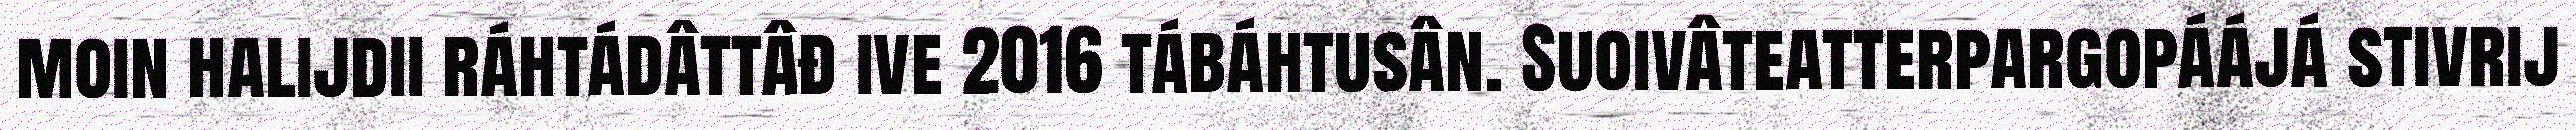
moin halijdii ráhtádâttâđ ive 2016 tábáhtusân. Suoivâteatterpargopáájá stivrij